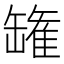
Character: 𮉸